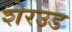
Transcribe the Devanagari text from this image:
शेरउड